system: You are a helpful assistant.
user:
Analyze the provided spectrum to determine if it is a **White Dwarf (WD)**.

A White Dwarf spectrum is defined by its **extreme purity** (due to gravitational settling) and/or **extreme pressure broadening** (due to high surface gravity). You must check for one of the following mutually exclusive signatures:

- **Key Visual Indicators (Check for ONE of these types):**

    - **1. DA-Type Signature (Most Common):**
        - **(Primary Feature):** Extreme pressure broadening (Stark broadening) of the **Hydrogen (H) Balmer lines**.
        - **(Key Lines):** $H\beta$ (approx. $4861$ Å) and $H\gamma$ (approx. $4340$ Å). $H\alpha$ (approx. $6563$ Å) will also be present if the wavelength range covers it.
        - **(Line Profile):** This is the **defining feature**. The lines are **NOT** sharp. They appear as massive, **extremely broad and deep "troughs" or "dips"** in the spectrum, often hundreds of Ångströms wide. The continuum will appear to "scoop" down at these wavelengths.
        - **(Distinction):** Normal A-type or B-type stars have *narrow* and *sharp* Hydrogen lines. A DA White Dwarf's lines are unmistakably "smeared" or "blurry" from pressure.

    - **2. DB-Type Signature:**
        - **(Primary Feature):** Broad absorption lines from **Neutral Helium (He I)**. The spectrum must lack any visible Hydrogen lines.
        - **(Key Lines):** Look for broad absorption near $4471$ Å, $4921$ Å, and $5876$ Å.
        - **(Line Profile):** These lines are also significantly pressure-broadened, appearing much wider than they would in a normal B-type main-sequence star.

    - **3. DC-Type Signature:**
        - **(Primary Feature):** A **featureless continuous spectrum**.
        - **(Line Profile):** The spectrum is a smooth curve with **no significant absorption or emission lines**.
        - **(Key Confirmation):** The continuum is almost always **blue or white**, indicating a hot object. This signature implies the atmosphere is so pure (or so cool) that no spectral lines are visible in the optical range. Its WD identity is confirmed by its extremely low intrinsic brightness (high absolute magnitude).

    - **4. DZ-Type Signature (Metal-Polluted):**
        - **(Primary Feature):** **Isolated, narrow metal absorption lines** on an otherwise featureless (DC-like) continuum.
        - **(Key Lines):** The **Calcium (Ca II) H & K doublet** (approx. **$3934$ Å** and **$3968$ Å**) is the most common and defining feature.
        - **(Line Profile):** These lines are "out of place." They are *not* part of a "forest" of thousands of lines. This signature is evidence of recent *accretion* (pollution) from rocky debris.
        - **(Distinction):** Normal G/K/M stars have a *dense forest* of thousands of metal lines. A DZ has a *clean* continuum with *only a few* strong metal lines.

    - **5. DQ-Type Signature (Carbon-Polluted):**
        - **(Primary Feature):** Absorption bands from **Carbon (C₂ "Swan Bands" or atomic C I)**.
        - **(Key Lines - C₂):** Look for bandheads with a "saw-tooth" shape near $5635$ Å, **$5165$ Å** (strongest), and $4737$ Å.
        - **(Key Confirmation):** The underlying **continuum must be blue or white** (hot).
        - **(Distinction):** This is the critical difference from a **Carbon Star**, which has the *exact same* C₂ bands but on an extremely **red, cool** continuum.

- **(Overall Spectrum):**
    - The continuum (overall shape) is typically **blue-sloping** (brighter in the blue than the red), as most white dwarfs are very hot.
    - The spectrum will look "pure" or "simple," dominated by only *one* of the five signatures listed above.

Think first, call **spectral_visualization_tool** if needed to examine features in detail, then provide your final answer. Your response must adhere to the following strict rules:
1.  **Overall Structure:** Your response must follow the format `<think>...</think> <tool_call>...</tool_call> (if a tool is used) <answer>...</answer>`.
2.  **Tool Usage Constraint:** You may only make **one** tool call per turn.
3.  **Final Answer Format:** In the `<answer>` tag, your conclusion must be inside a `\boxed{}` command (e.g., `\boxed{YES}` or `\boxed{NO}`), followed by your justification.

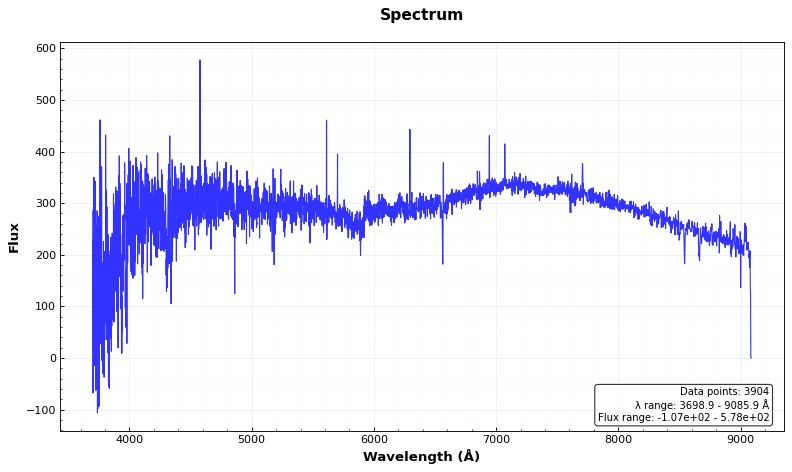
Answer: NO